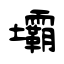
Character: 壩